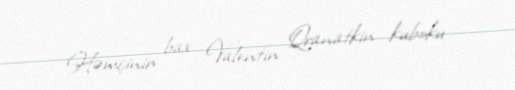
Həmçinin bax Valentin Qranatkin kuboku.